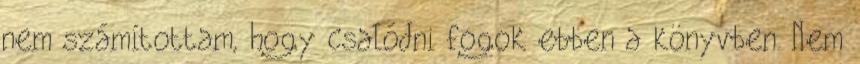
nem számítottam, hogy csalódni fogok ebben a könyvben. Nem